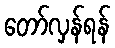
တော်လှန်ရန်